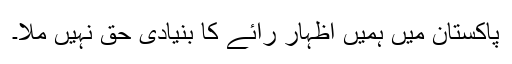
پاکستان میں ہمیں اظہارِ رائے کا بنیادی حق نہیں ملا۔